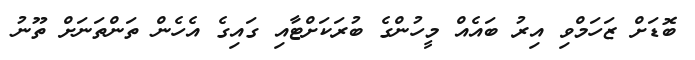
ބޮޑަށް ޒަހަމްވި އިރު ބައެއް މީހުންގެ ބުރަކަށްޓާއި ގައިގެ އެހެން ތަންތަނަށް ތޫނު